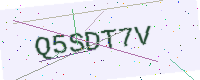
Text: Q5SDT7V